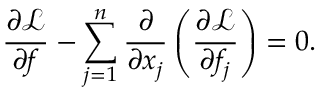
{ \frac { \partial { \mathcal { L } } } { \partial f } } - \sum _ { j = 1 } ^ { n } { \frac { \partial } { \partial x _ { j } } } \left( { \frac { \partial { \mathcal { L } } } { \partial f _ { j } } } \right) = 0 .